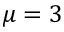
\mu = 3